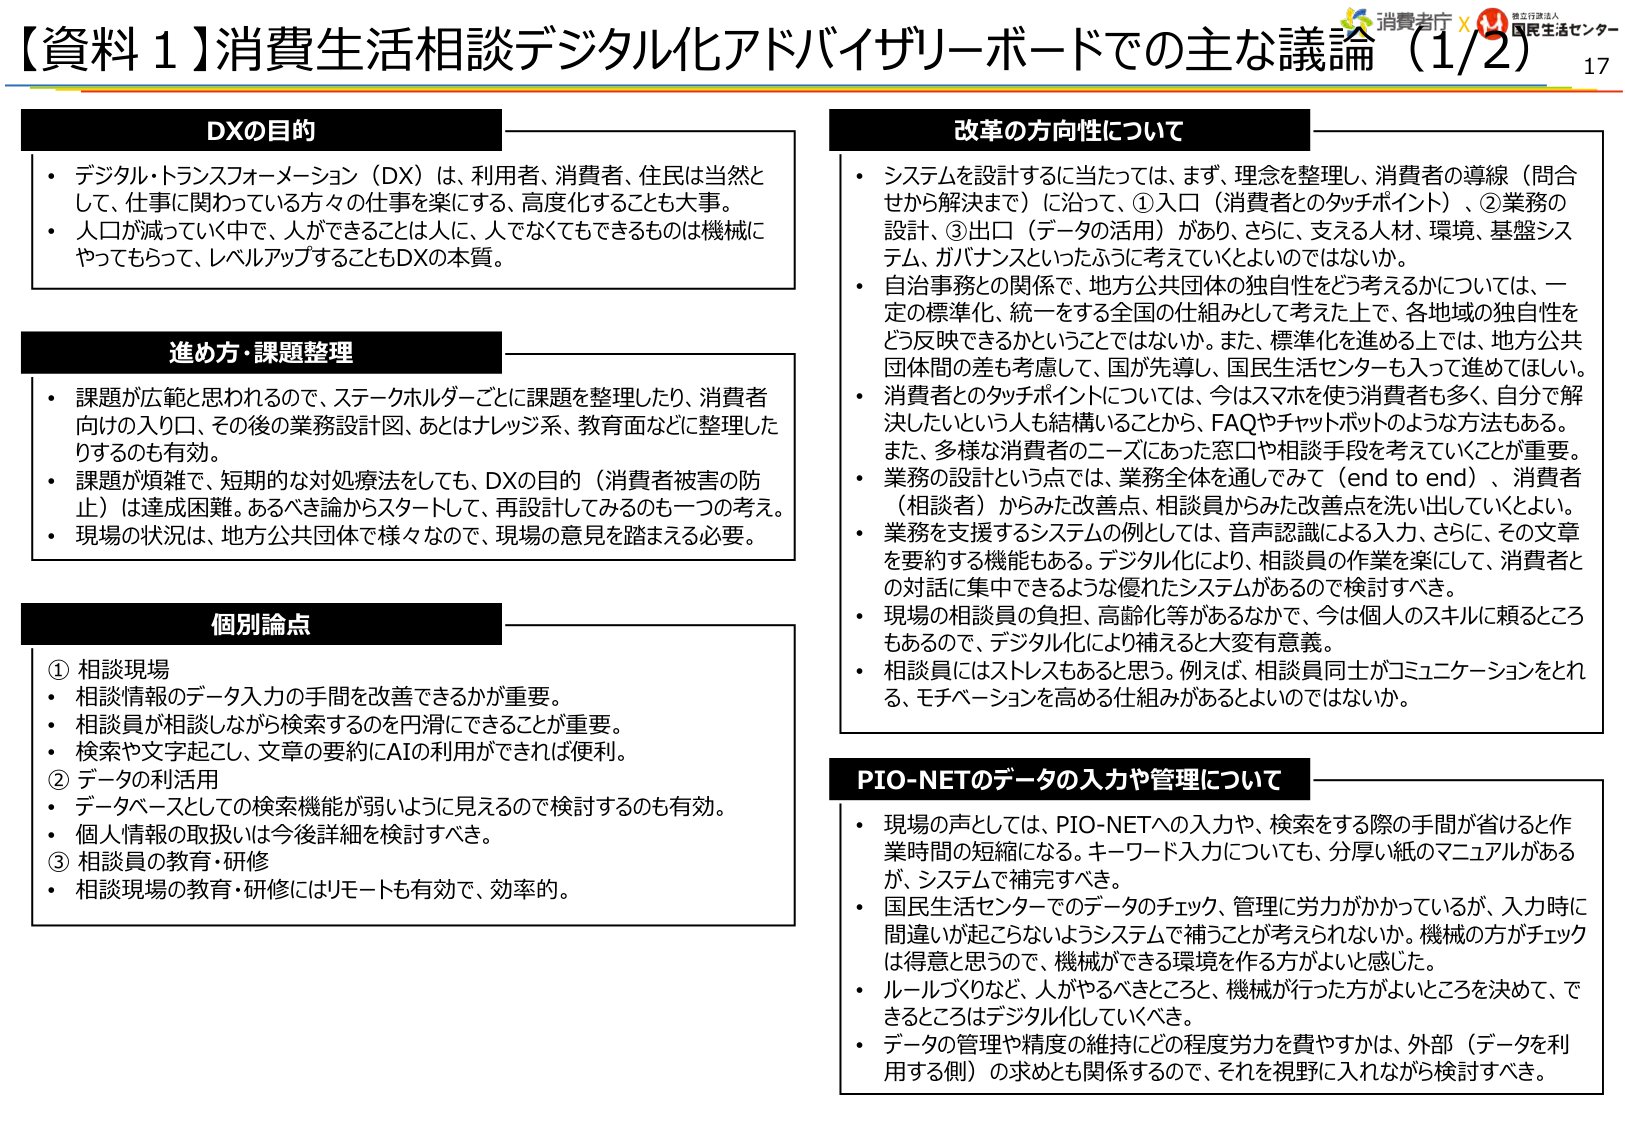
【資料１】消費生活相談デジタル化アドバイザリーボードでの主な議論（1/2） 17

消費者庁 × 国民生活センター

DXの目的
・デジタル・トランスフォーメーション（DX）は、利用者、消費者、住民は当然として、仕事に関わっている方々の仕事を楽にする、高度化することも大事。
・人口が減っていく中で、人ができることは人に、人でなくてもできるものは機械にやってもらって、レベルアップすることもDXの本質。

進め方・課題整理
・課題が広範と思われるので、ステークホルダーごとに課題を整理したり、消費者向けの入口、その後の業務設計図、あとはナレッジ系、教育面などに整理したりするのも有効。
・課題が煩雑で、短期的な対処療法をしても、DXの目的（消費者被害の防止）は達成困難。あるべき論からスタートして、再設計してみるのも一つの考え。
・現場の状況は、地方公共団体で様々なので、現場の意見を踏まえる必要。

個別論点
① 相談現場
・相談情報のデータ入力の手間を改善できるかが重要。
・相談員が相談しながら検索するのを円滑にできることが重要。
・検索や文字起こし、文章の要約にAIの利用ができれば便利。
② データの利活用
・データベースとしての検索機能が弱いように見えるので検討するのも有効。
・個人情報の取扱いは今後詳細を検討すべき。
③ 相談員の教育・研修
・相談現場の教育・研修にはリモートも有効で、効率的。

改革の方向性について
・システムを設計するに当たっては、まず、理念を整理し、消費者の導線（問合せから解決まで）に沿って、①入口（消費者とのタッチポイント）、②業務の設計、③出口（データの活用）があり、さらに、支える人材、環境、基盤システム、ガバナンスといったふうに考えていけばよいのではないか。
・自治事務との関係で、地方公共団体の独自性をどう考えるかについては、一定の標準化、統一をする全国の仕組みとして考えた上で、各地域の独自性をどう反映できるかということではないか。また、標準化を進める上では、地方公共団体間の差も考慮して、国が先導し、国民生活センターも入って進めてほしい。
・消費者とのタッチポイントについては、今はスマホを使う消費者も多く、自分で解決したいという人も結構いることから、FAQやチャットボットのような方法もある。また、多様な消費者のニーズにあった窓口や相談手段を考えていくことが重要。
・業務の設計という点では、業務全体を窓口でみて（end to end）、消費者（相談者）からみた改善点、相談員からみた改善点を洗い出していくとよい。
・業務を支援するシステムの例としては、音声認識による入力、さらに、その文章を要約する機能もある。デジタル化により、相談員の作業を楽にして、消費者との対話に集中できるような優れたシステムがあるので検討すべき。
・現場の相談員の負担、高齢化等があるなかで、今は個人のスキルに頼るところもあるので、デジタル化により補えると大変有意義。
・相談員にはストレスもあると思う。例えば、相談員同士がコミュニケーションをとれる、モチベーションを高める仕組みがあるとよいのではないか。

PIO-NETのデータの入力や管理について
・現場の声としては、PIO-NETへの入力や、検索をする際の手間が省けると作業時間の短縮になる。キーワード入力についても、分厚い紙のマニュアルがあるが、システムで補完すべき。
・国民生活センターでのデータのチェック、管理に労力がかかっているが、入力時に間違いが起こらないようシステムで補うことが考えられないか。機械の方がチェックは得意と思うので、機械ができる環境を作の方がよいと感じた。
・ルールづくりなど、人がやるべきところと、機械が行った方がよいところを決めて、できるところはデジタル化していくべき。
・データの管理や精度の維持にどの程度労力を費やすかは、外部（データを利用する側）の求めとも関係するので、それを視野に入れながら検討すべき。